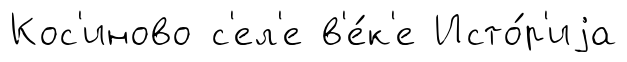
Кос'иново с'ел'е в'е́к'е Исто́р'иjа